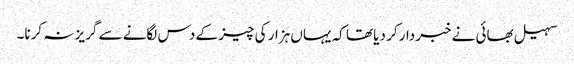
سہیل بھائی نے خبردار کر دیا تھا کہ یہاں ہزار کی چیز کے دس لگانے سے گریز نہ کرنا۔